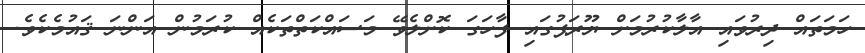
ހަމަތައް ދިރުވައި އާލާކުރުމަށް ޔޫރަޕުގައި ފާހަގަ ކޮށްލެވޭ މަސައްކަތްތަކެއް ކުރަމުން އަންނަ ޤައުމެކެވެ.